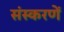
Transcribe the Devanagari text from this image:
संस्करणें